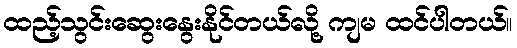
ထည့်သွင်းဆွေးနွေးနိုင်တယ်လို့ ကျမ ထင်ပါတယ်။